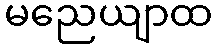
မညေယျာထ